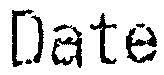
DATE